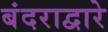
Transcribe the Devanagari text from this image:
बंदराद्वारे